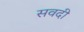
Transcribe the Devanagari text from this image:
सवदी